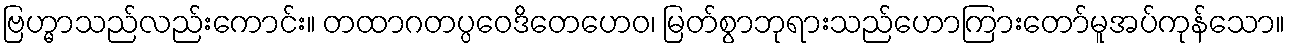
ဗြဟ္မာသည်လည်းကောင်း။ တထာဂတပ္ပဝေဒိတေဟေဝ၊ မြတ်စွာဘုရားသည်ဟောကြားတော်မူအပ်ကုန်သော။